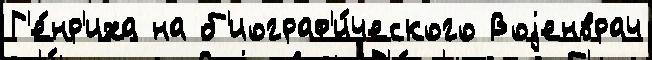
Г'е́нр'иха на б'иограф'и́ческого Воjенврач